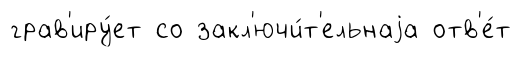
грав'иру́ет со закл'ючи́т'ельнаjа отв'е́т